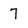
Character: 7